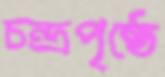
চন্দ্রপৃষ্ঠে